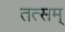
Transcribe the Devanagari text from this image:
तत्सम्